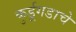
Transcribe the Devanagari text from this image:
कुर्डूगडाचे